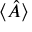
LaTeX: \langle { \hat { A } } \rangle